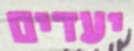
יעדים